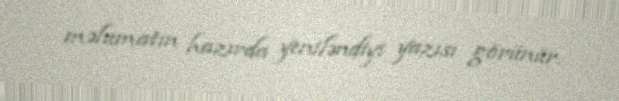
məlumatın hazırda yeniləndiyi yazısı görünür.